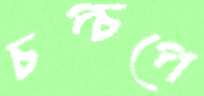
চপ্‌চপে